Indian journal of veterinary science and animal husbandry - Volume 6,
Year: 1936
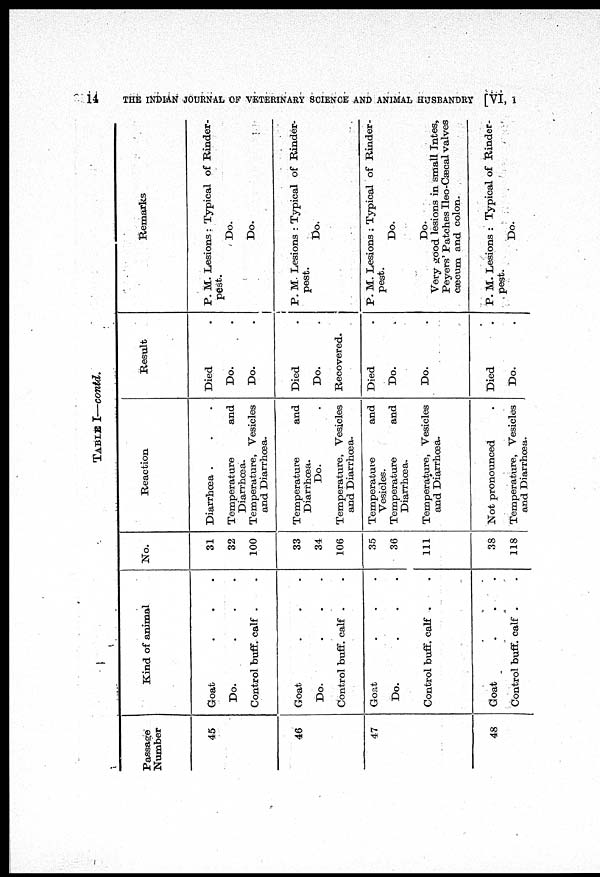
14
THE INDIAN JOURNAL OF VETERINARY SCIENCE AND ANIMAL HUSBANDRY [VI, I
TABLE I—contd.
Passage
Number
45
46
47
48
Kind of animal
Goat . . .
Do. . . .
Control buff. calf . .
Goat . . .
Do. . . .
Control buff. calf . .
Goat . . .
Do. . . .
Control buff. calf . .
Goat . . .
Control buff. calf . .
No.
31
32
100
33
34
106
35
36
111
38
118
Reaction
Diarrhœa . . .
Temperature
and
Diarrhœa.
Temperature, Vesicles
and Diarrhœa.
Temperature
and
Diarrhœa.
Do. .
Temperature, Vesicles
and Diarrhœa.
Temperature
and
Vesicles.
Temperature
and
Diarrhœa.
Temperature, Vesicles
and Diarrhœa.
Not pronounced .
Temperature, Vesicles
and Diarrhœa.
Result
Died .
Do. .
Do. .
Died .
Do. .
Recovered.
Died .
Do. .
Do. .
Died .
Do. .
Remarks
P. M. Lesions : Typical of Rinder-
pest.
Do.
Do.
P. M. Lesions : Typical of Rinder-
pest.
Do. .
P. M. Lesions : Typical of Rinder-
pest.
Do.
Do.
Very good lesions in small Intes,
Peyers' Patches Ileo-Cæcal valves
cæcum and colon.
P. M. Lesions : Typical of Rinder-
pest.
Do.